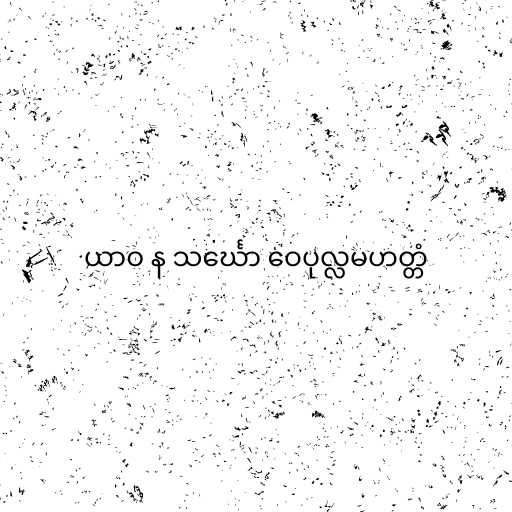
ယာဝ န သင်္ဃော ဝေပုလ္လမဟတ္တံ